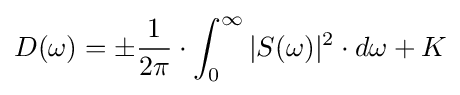
D(\omega )=\pm {\frac {1}{2\pi }}\cdot \int _{0}^{\infty }|S(\omega )|^{2}\cdot d\omega +K